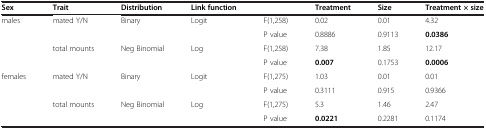
| Sex | Trait | Distribution | Link function |  | Treatment | Size | Treatment × size |
 | --- | --- | --- | --- | --- | --- | --- | --- |
 | males | mated Y/N | Binary | Logit | F(1,258) | 0.02 | 0.01 | 4.32 |
 |  |  |  |  | P value | 0.8886 | 0.9113 | 0.0386 |
 |  | total mounts | Neg Binomial | Log | F(1,258) | 7.38 | 1.85 | 12.17 |
 |  |  |  |  | P value | 0.007 | 0.1753 | 0.0006 |
 | females | mated Y/N | Binary | Logit | F(1,275) | 1.03 | 0.01 | 0.01 |
 |  |  |  |  | P value | 0.3111 | 0.915 | 0.9366 |
 |  | total mounts | Neg Binomial | Log | F(1,275) | 5.3 | 1.46 | 2.47 |
 |  |  |  |  | P value | 0.0221 | 0.2281 | 0.1174 |